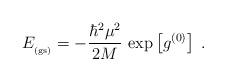
LaTeX: \begin{align*}E_{_{\rm (gs)}}=- \frac{\hbar^{2}\mu^{2}}{2M}\,\exp \left[g^{(0)} \right]\; .\end{align*}